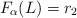
LaTeX: \begin{align*}F_\alpha(L) = r_2\end{align*}